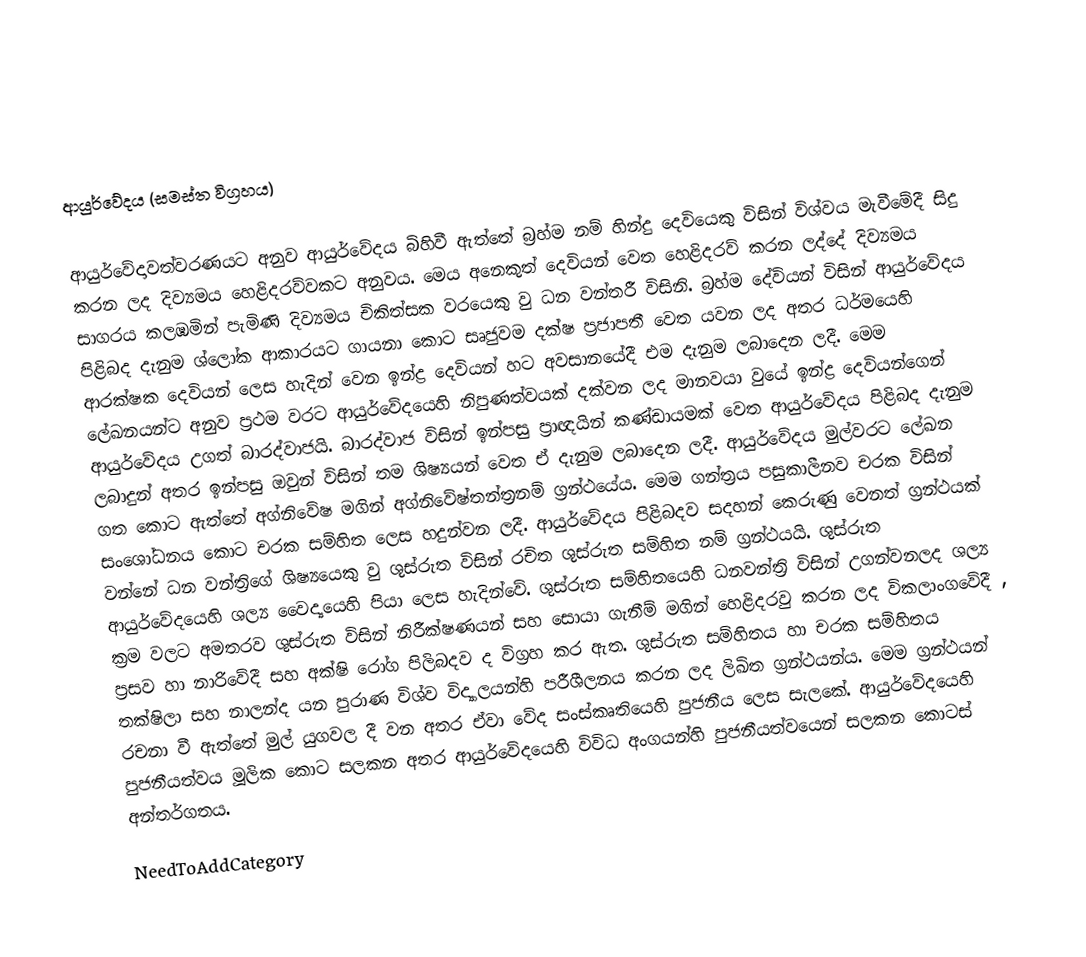

ආයුර්වේදය (සමස්ත විග්‍රහය)

ආයුර්වේදාවත්වරණයට අනුව ආයුර්වේදය බිහිවී ඇත්තේ බ්‍රහ්ම නම් හින්දු දෙවියෙකු විසින් විශ්වය මැවීමේදී සිදු කරන ලද දිව්‍යමය හෙළිදරව්වකට අනුවය.  මෙය අනෙකුත් දෙවියන් වෙත හෙළිදරව් කරන ලද්දේ දිව්‍යමය සාගරය කලඹමින් පැමිණි දිව්‍යමය චිකිත්සක වරයෙකු වු ධන වන්තරී විසිනි. බ්‍රහ්ම දේවියන් විසින්  ආයුර්වේදය පිළිබද දැනුම ‍ශ්ලෝක ආකාරයට ගායනා කොට සෘජුවම දක්ෂ ප්‍රජාපතී වෙත යවන ලද අතර ධර්මයෙහි ආරක්ෂක දෙවියන් ලෙස හැදින් වෙන ඉන්ද්‍ර දෙවියන් හට අවසානයේදී එම දැනුම ලබාදෙන ලදී. මෙම ලේඛනයන්ට අනුව ප්‍රථම වරට ආයුර්වේදයෙහි නිපුණත්වයක් දක්වන ලද මානවයා වුයේ ඉන්ද්‍ර දෙවියන්ගෙන් ආයුර්වේදය උගත් බාරද්වාජයි. බාරද්වාජ විසින් ඉන්පසු ප්‍රාඥයින් කණ්ඩායමක් වෙත ආයුර්වේදය පිළිබද දැනුම ලබාදුන් අතර ඉන්පසු ඔවුන් විසින් තම ශිෂ්‍යයන් වෙත ඒ දැනුම ලබාදෙන ලදී.  ආයුර්වේදය මුල්වරට ලේඛන ගත කොට ඇත්තේ අග්නිවේෂ මගින් අග්නිවේෂ්තන්ත්‍රනම් ග්‍රන්ථයේය. මෙම ගන්ත්‍රය පසුකාලීනව චරක විසින් සංශෝධනය කොට චරක සම්හිත ලෙස හදුන්වන ලදී. ආයුර්වේදය පිළිබදව සදහන් කෙරුණු වෙනත් ග්‍රන්ථයක් වන්නේ ධන වන්ත්‍රිගේ ශිෂ්‍යයෙකු වු ශුස්රුත විසින් රචිත ශුස්රුත සම්හිත නම් ග්‍රන්ථයයි. ශුස්රුත ආයුර්වේදයෙහි ශල්‍ය වෛද්‍යයෙහි පියා ලෙස හැදින්වේ. ශුස්රුත සම්හිතයෙහි ධනවන්ත්‍රි විසින් උගන්වනලද ශල්‍ය ක්‍රම වලට අමතරව ශුස්රුත විසින් නිරීක්ෂණයන් සහ සොයා ගැනීම් මගින් හෙළිදරවු කරන ලද විකලාංගවේදී , ප්‍රසව හා නාරිවේදී සහ අක්ෂි රෝග පිලිබදව ද විග්‍රහ කර ඇත. ශුස්රුත සම්හිතය හා චරක සම්හිතය තක්ෂිලා සහ නාලන්ද යන පුරාණ විශ්ව විද්‍යාලයන්හි පරීශීලනය කරන ලද ලිඛිත ග්‍රන්ථයන්ය. මෙම ග්‍රන්ථයන් රචනා වී ඇත්තේ මුල් යුගවල දී වන අතර ඒවා  වේද සංස්කෘතියෙහි පුජනීය ලෙස සැලකේ. ආයුර්වේදයෙහි පුජනීයත්වය මූලික කොට සලකන අතර ආයුර්වේදයෙහි විවිධ අංගයන්හි පුජනීයත්වයෙන් සලකන  කොටස් අන්තර්ගතය.
NeedToAddCategory